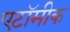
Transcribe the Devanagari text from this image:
एटॉमीक